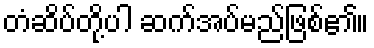
တံဆိပ်တို့ပါ ဆက်အပ်မည်ဖြစ်၏။